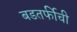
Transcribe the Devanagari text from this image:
बडतर्फीची